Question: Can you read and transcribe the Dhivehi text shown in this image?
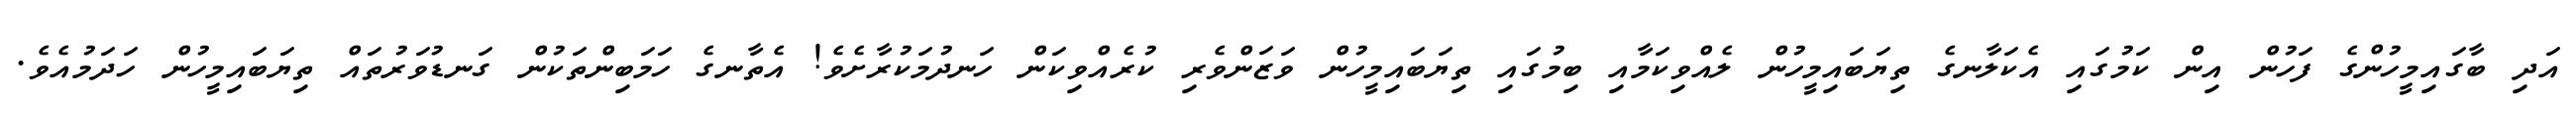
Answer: އަދި ބާގައިމީހުންގެ ފަހުން އިން ކަމުގައި އެކަލާނގެ ތިޔަބައިމީހުން ލެއްވިކަމާއި ބިމުގައި ތިޔަބައިމީހުން ވަޒަންވެރި ކުރެއްވިކަން ހަނދުމަކުރާށެވެ! އެތާނގެ ހަމަބިންތަކުން ގަނޑުވަރުތައް ތިޔަބައިމީހުން ހަދަމުއެވެ.